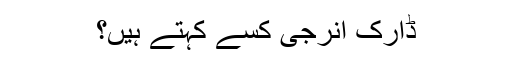
ڈارک اِنرجی کسے کہتے ہیں؟